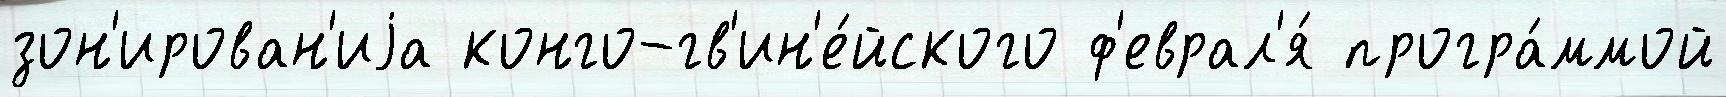
зон'ирован'иjа конго-гв'ин'е́йского ф'еврал'я́ програ́ммой